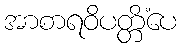
အာစာရဝိပတ္တိံပေ